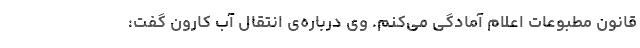
قانون مطبوعات اعلام آمادگی می‌کنم. وی درباره‌ی انتقال آب کارون گفت: